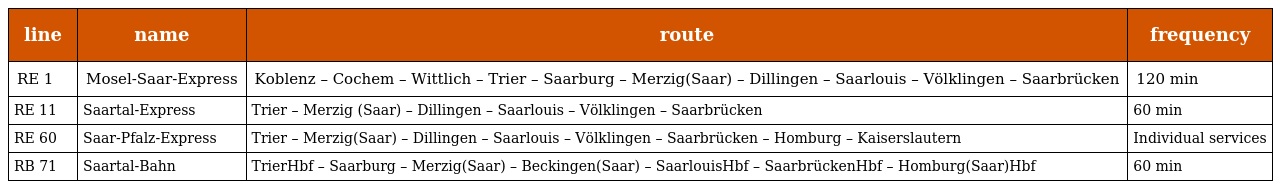
| line | name | route | frequency |
 | --- | --- | --- | --- |
 | RE 1 | Mosel-Saar-Express | Koblenz – Cochem – Wittlich – Trier – Saarburg – Merzig(Saar) – Dillingen – Saarlouis – Völklingen – Saarbrücken | 120 min |
 | RE 11 | Saartal-Express | Trier – Merzig (Saar) – Dillingen – Saarlouis – Völklingen – Saarbrücken | 60 min |
 | RE 60 | Saar-Pfalz-Express | Trier – Merzig(Saar) – Dillingen – Saarlouis – Völklingen – Saarbrücken – Homburg – Kaiserslautern | Individual services |
 | RB 71 | Saartal-Bahn | TrierHbf – Saarburg – Merzig(Saar) – Beckingen(Saar) – SaarlouisHbf – SaarbrückenHbf – Homburg(Saar)Hbf | 60 min |